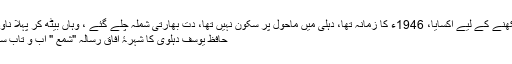
ذہن نے ناول لکھنے کے لیے اکسایا، 1946ء کا زمانہ تھا، دہلی میں ماحول پر سکون نہیں تھا، دت بھارتی شملہ چلے گئے ، وہاں بیٹھ کر پہلا ناول لکھا: "چوٹ"
حافظ یوسف دہلوی کا شہرۂ آفاق رسالہ "شمع " آب و تاب سے نکل رہا تھا۔